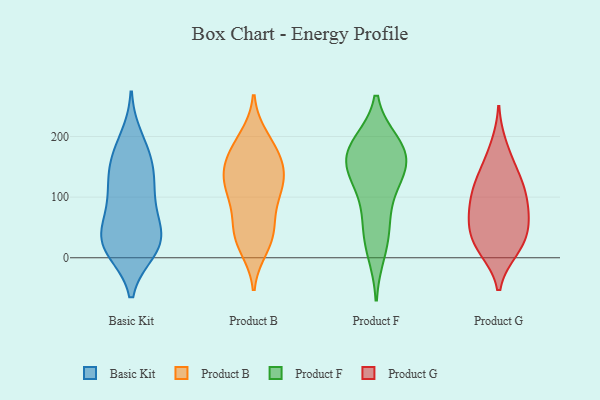
{"axis": {"x": "Energy Usage (MWh)", "y": "Value"}, "legend": ["Basic Kit", "Product B", "Product F", "Product G"], "data": [{"x": "", "y": 63, "type": "Basic Kit"}, {"x": "", "y": 197, "type": "Basic Kit"}, {"x": "", "y": 138, "type": "Basic Kit"}, {"x": "", "y": 167, "type": "Basic Kit"}, {"x": "", "y": 24, "type": "Basic Kit"}, {"x": "", "y": 140, "type": "Basic Kit"}, {"x": "", "y": 96, "type": "Basic Kit"}, {"x": "", "y": 49, "type": "Basic Kit"}, {"x": "", "y": 172, "type": "Basic Kit"}, {"x": "", "y": 12, "type": "Basic Kit"}, {"x": "", "y": 12, "type": "Basic Kit"}, {"x": "", "y": 121, "type": "Basic Kit"}, {"x": "", "y": 20, "type": "Basic Kit"}, {"x": "", "y": 93, "type": "Basic Kit"}, {"x": "", "y": 26, "type": "Basic Kit"}, {"x": "", "y": 37, "type": "Basic Kit"}, {"x": "", "y": 198, "type": "Product B"}, {"x": "", "y": 189, "type": "Product B"}, {"x": "", "y": 102, "type": "Product B"}, {"x": "", "y": 87, "type": "Product B"}, {"x": "", "y": 124, "type": "Product B"}, {"x": "", "y": 175, "type": "Product B"}, {"x": "", "y": 163, "type": "Product B"}, {"x": "", "y": 17, "type": "Product B"}, {"x": "", "y": 127, "type": "Product B"}, {"x": "", "y": 114, "type": "Product B"}, {"x": "", "y": 155, "type": "Product B"}, {"x": "", "y": 52, "type": "Product B"}, {"x": "", "y": 25, "type": "Product B"}, {"x": "", "y": 47, "type": "Product B"}, {"x": "", "y": 38, "type": "Product B"}, {"x": "", "y": 127, "type": "Product B"}, {"x": "", "y": 149, "type": "Product B"}, {"x": "", "y": 133, "type": "Product F"}, {"x": "", "y": 161, "type": "Product F"}, {"x": "", "y": 181, "type": "Product F"}, {"x": "", "y": 10, "type": "Product F"}, {"x": "", "y": 170, "type": "Product F"}, {"x": "", "y": 187, "type": "Product F"}, {"x": "", "y": 179, "type": "Product F"}, {"x": "", "y": 63, "type": "Product F"}, {"x": "", "y": 141, "type": "Product F"}, {"x": "", "y": 42, "type": "Product F"}, {"x": "", "y": 116, "type": "Product F"}, {"x": "", "y": 52, "type": "Product G"}, {"x": "", "y": 46, "type": "Product G"}, {"x": "", "y": 153, "type": "Product G"}, {"x": "", "y": 136, "type": "Product G"}, {"x": "", "y": 43, "type": "Product G"}, {"x": "", "y": 109, "type": "Product G"}, {"x": "", "y": 105, "type": "Product G"}, {"x": "", "y": 185, "type": "Product G"}, {"x": "", "y": 67, "type": "Product G"}, {"x": "", "y": 78, "type": "Product G"}, {"x": "", "y": 88, "type": "Product G"}, {"x": "", "y": 12, "type": "Product G"}, {"x": "", "y": 121, "type": "Product G"}, {"x": "", "y": 14, "type": "Product G"}, {"x": "", "y": 16, "type": "Product G"}]}